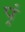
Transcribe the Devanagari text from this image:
प़्रं